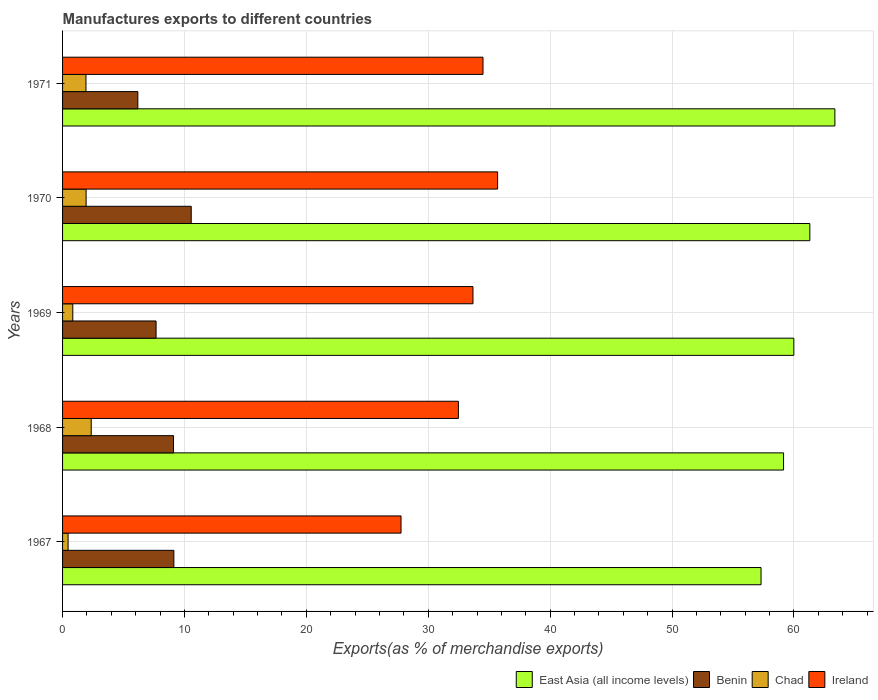
| Years | East Asia (all income levels) | Benin | Chad | Ireland |
 | --- | --- | --- | --- | --- |
 | 1967 | 57.3 | 9.13 | 0.454 | 27.8 |
 | 1968 | 59.1 | 9.1 | 2.35 | 32.5 |
 | 1969 | 60 | 7.67 | 0.84 | 33.7 |
 | 1970 | 61.3 | 10.6 | 1.93 | 35.7 |
 | 1971 | 63.4 | 6.17 | 1.92 | 34.5 |